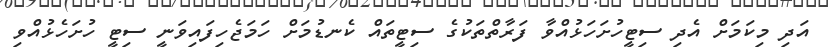
އަދި މިކަމަށް އެދި ސިޓީހުށަހަޅުއްވާ ފަރާތްތަކުގެ ސިޓީތައް ކެނޑުމަށް ހަމަޖެހިފައިވަނީ ސިޓީ ހުށަހެޅުއްވި